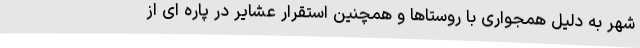
شهر به دلیل همجواری با روستاها و همچنین استقرار عشایر در پاره ای از